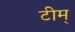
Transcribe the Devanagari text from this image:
टीम्